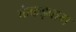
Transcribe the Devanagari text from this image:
कंकड़बाग